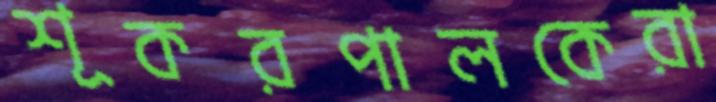
শূকরপালকেরা